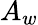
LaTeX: A_{w}